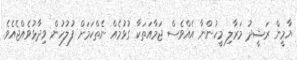
ޔާމީން ރަޝީދު މަރާލި މީހުންނާ އެއްވެސް ޖަމާއަތަކާ ގުޅުމެއް ނެތްކަމަށް ފުލުހުން ވިދާޅުވެއްޖެއެވެ.